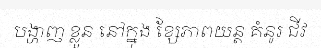
បង្ហាញ ខ្លួន នៅក្នុង ខ្សែភាពយន្ត គំនូរ ជីវ